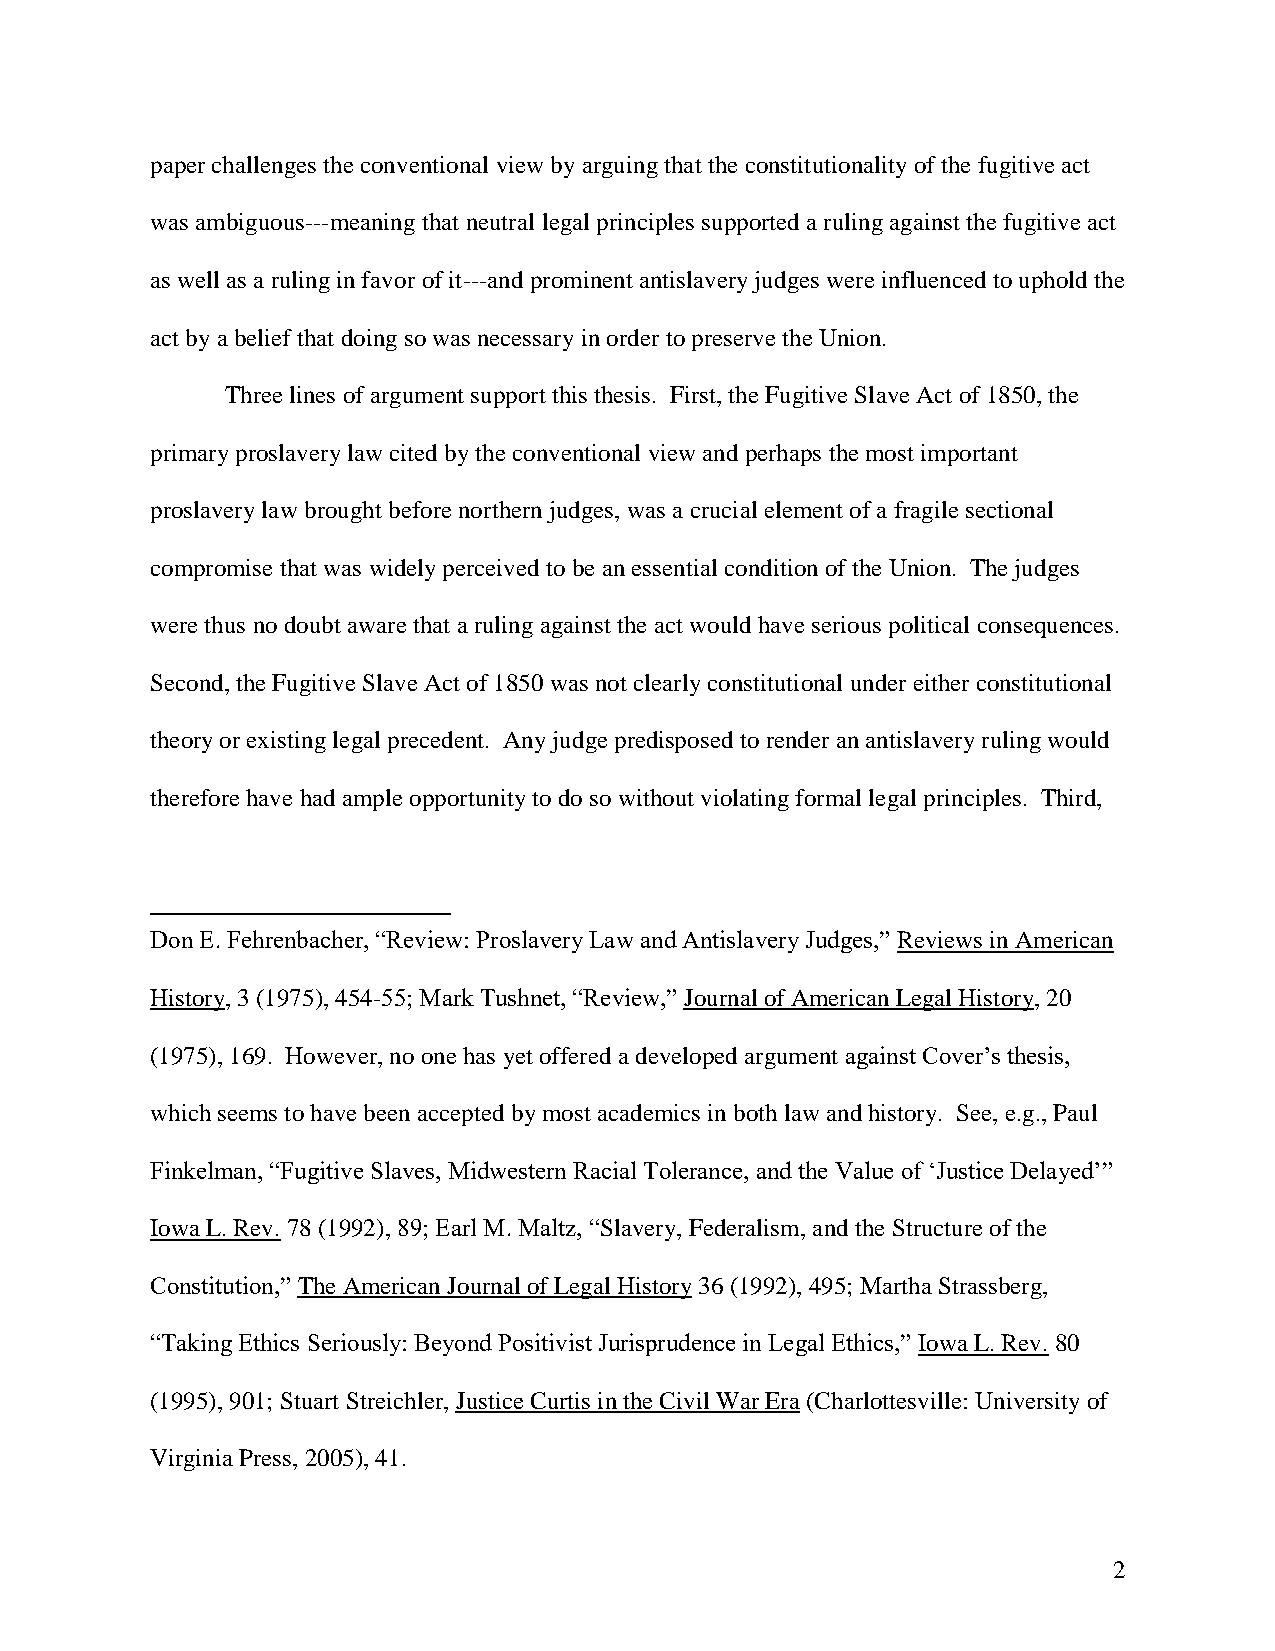
paper challenges the conventional view by arguing that the constitutionality of the fugitive act
 was ambiguous---meaning that neutral legal principles supported a ruling against the fugitive act
 as well as a ruling in favor of it---and prominent antislavery judges were influenced to uphold the
 act by a belief that doing so was necessary in order to preserve the Union.
 Three lines of argument support this thesis. First, the Fugitive Slave Act of 1850, the
 primary proslavery law cited by the conventional view and perhaps the most important
 proslavery law brought before northern judges, was a crucial element of a fragile sectional
 compromise that was widely perceived to be an essential condition of the Union. The judges
 were thus no doubt aware that a ruling against the act would have serious political consequences.
 Second, the Fugitive Slave Act of 1850 was not clearly constitutional under either constitutional
 theory or existing legal precedent. Any judge predisposed to render an antislavery ruling would
 therefore have had ample opportunity to do so without violating formal legal principles. Third,
 Don E. Fehrenbacher, “Review: Proslavery Law and Antislavery Judges,” Reviews in American
 History, 3 (1975), 454-55; Mark Tushnet, “Review,” Journal of American Legal History, 20
 (1975), 169. However, no one has yet offered a developed argument against Cover’s thesis,
 which seems to have been accepted by most academics in both law and history. See, e.g., Paul
 Finkelman, “Fugitive Slaves, Midwestern Racial Tolerance, and the Value of ‘Justice Delayed’”
 Iowa L. Rev. 78 (1992), 89; Earl M. Maltz, “Slavery, Federalism, and the Structure of the
 Constitution,” The American Journal of Legal History 36 (1992), 495; Martha Strassberg,
 “Taking Ethics Seriously: Beyond Positivist Jurisprudence in Legal Ethics,” Iowa L. Rev. 80
 (1995), 901; Stuart Streichler, Justice Curtis in the Civil War Era (Charlottesville: University of
 Virginia Press, 2005), 41.
 2